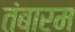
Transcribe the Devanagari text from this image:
तंबारम